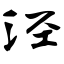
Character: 泾